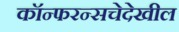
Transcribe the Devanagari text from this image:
कॉन्फरन्सचेदेखील